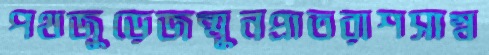
পথজুড়েজন্মুনপ্রাতরাশসাম্ব